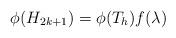
LaTeX: \begin{align*} \phi(H_{2k+1})= \phi(T_h) f(\lambda)\end{align*}